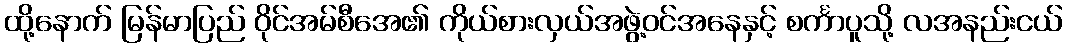
ထို့နောက် မြန်မာပြည် ဝိုင်အမ်စီအေ၏ ကိုယ်စားလှယ်အဖွဲ့ဝင်အနေနှင့် စင်္ကာပူသို့ လအနည်းငယ်